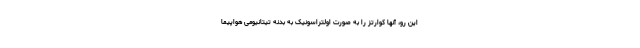
این رو، آنها کوارتز را به صورت اولتراسونیک به بدنه تیتانیومی هواپیما